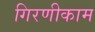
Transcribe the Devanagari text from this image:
गिरणीकाम